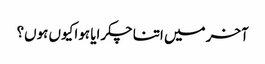
آخر میں اتنا چکرایا ہوا کیوں ہوں؟